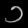
Digit: ၁